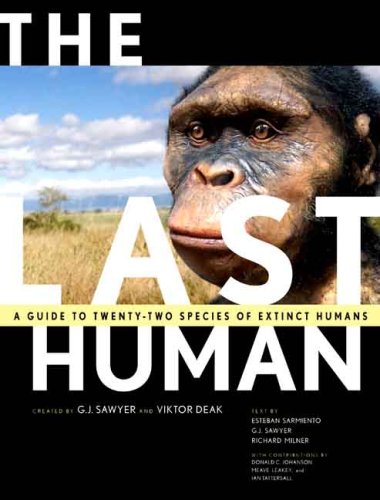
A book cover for The Last Human: A Guide to Twenty-Two Species of Extinct Humans; G. J. Sawyer; Politics & Social Sciences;